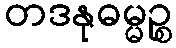
တဒနုဓမ္မဉ္စ